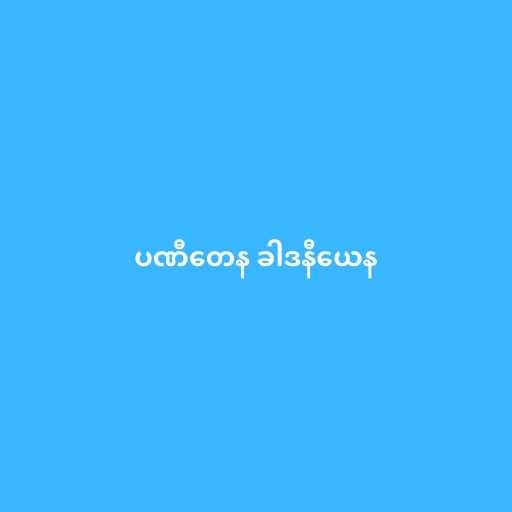
ပဏီတေန ခါဒနီယေန